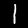
Digit: 1